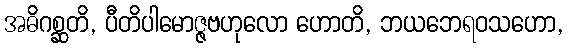
အဓိဂစ္ဆတိ, ပီတိပါမောဇ္ဇဗဟုလော ဟောတိ, ဘယဘေရဝသဟော,